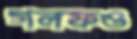
গলফও